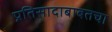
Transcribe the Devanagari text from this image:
प्रतिसादाबाबतचा